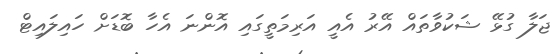
ޖަލާ ގުޅޭ ޝަކުވާތައް އޭރު އެއީ އަރިމަތީގައި އޮންނަ އެހާ ބޮޑަށް ހައިލައިޓް